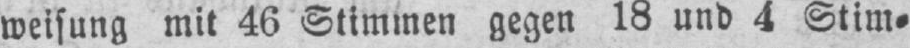
weisung mit 46 Stimmen gegen 18 und 4 Stim⸗